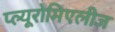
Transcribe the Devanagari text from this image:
प्ल्यूरोमिएलीज